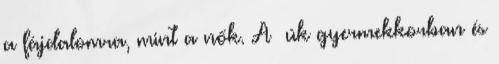
a fájdalomra, mint a nők. A ﬁúk gyermekkorban és